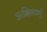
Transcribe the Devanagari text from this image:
अरक्षितताएं